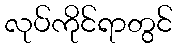
လုပ်ကိုင်ရာတွင်